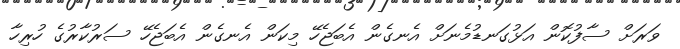
ވަރަށް ސާފުކޮން އަޅުގަނޑުމެނަށް އެނގެން އެބަޖެހޭ މިކަން އެނގެން އެބަޖެހޭ ސަރުކާރުގެ ހުރިހާ